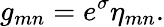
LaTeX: g_{mn}=e^{\sigma}\eta_{mn}.